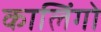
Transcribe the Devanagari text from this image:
कालिंगो